Vaccination in Bombay 1902-1912 - 1902-1912
Year: 1902
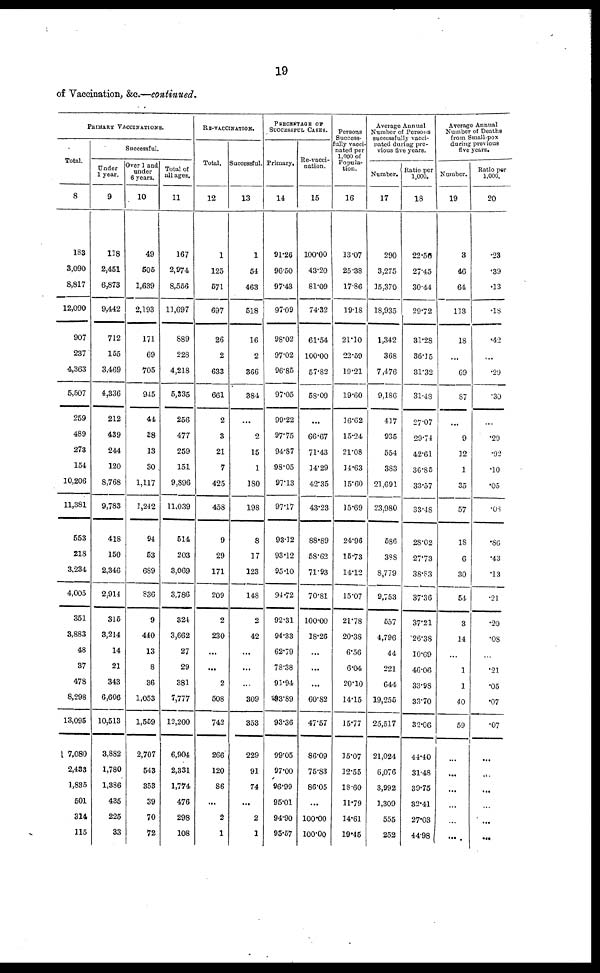
19
of Vaccination, &c.—continued.
PRIMARY VACCINATIONS.
Total.
8
183
3,090
8,817
12,090
907
237
4,363
5,507
259
489
273
154
10,206
11,381
553
218
3,234
4,005
351
3,883
48
37
478
8,298
13,095
7,080
2,433
1,835
501
314
115
Successful.
Under
1 year.
9
118
2,451
6,873
9,442
712
155
3,469
4,336
212
439
244
120
8,768
9,783
418
150
2,346
2,914
315
3,214
14
21
343
6,606
10,513
3,882
1,780
1,386
435
225
33
Over 1 and
under
6 years.
10
49
505
1,639
2,193
171
69
705
945
44
28
13
30
1,117
1,242
94
53
689
836
9
440
13
8
36
1,053
1,559
2,707
543
353
39
70
72
Total of
all ages.
11
167
2,974
8,556
11,697
889
228
4,218
5,335
256
477
259
151
9,896
11,039
514
203
3,069
3,786
324
3,662
27
29
381
7,777
12,200
6,904
2,331
1,774
476
298
108
RE-VACCINATION.
Total.
12
1
125
571
697
26
2
633
661
2
3
21
7
425
458
9
29
171
209
2
230
...
...
2
508
742
266
120
86
...
2
1
Successful.
13
1
54
463
518
16
2
366
384
...
2
15
1
180
198
8
17
123
148
2
42
...
...
...
309
353
229
91
74
...
2
1
PERCENTAGE OF
SUCCESSFUL CASES.
Primary.
14
91.26
96.50
97.43
97.09
98.02
97.02
96.85
97.05
99.22
97.75
94.87
98.05
97.13
97.17
93.12
93.12
95.10
94.72
92.31
94.33
62.79
78.38
91.94
93.89
93.36
99.05
97.00
96.99
95.01
94.90
95.57
Re-vacci-
nation.
15
100.00
43.20
81.09
74.32
61.54
100.00
57.82
58.09
...
66.67
71.43
14.29
42.35
43.23
88.89
58.62
71.93
70.81
100.00
18.26
...
...
...
60.82
47.57
86.09
75.83
86.05
...
100.00
100.00
Persons
Success¬
fully vacci-
nated per
1,000 of
Popula-
tion.
16
13.07
25.38
17.86
19.18
21.10
22.59
19.21
19.60
16.62
15.24
21.08
14.63
15.60
15.69
24.96
15.73
14.12
15.07
21.78
20.38
6.56
6.04
20.10
14.15
15.77
15.07
12.55
18.60
11.79
14.61
19.45
Average Annual
Number of Persons
successfully vacci-
nated during pre-
vious five years.
Number.
17
290
3,275
15,370
18,935
1,342
368
7,476
9,186
417
935
554
383
21,691
23,980
586
388
8,779
9,753
557
4,796
44
221
644
19,255
25,517
21,024
6,076
3,992
1,309
555
252
Ratio per
1,000.
18
22.56
27.45
30.44
29.72
31.28
36.15
31.32
31.48
27.07
29.74
42.61
36.85
33.57
33.48
28.02
27.73
38.83
37.36
37.21
26.38
10.69
46.06
33.98
33.70
32.06
44.40
31.48
39.75
32.41
27.03
44.98
Average Annual
Number of Deaths
from Small-pox
during previous
five years.
Number.
19
3
46
64
113
18
...
69
87
...
9
12
1
35
57
18
6
30
54
3
14
...
1
1
40
59
...
...
...
...
...
...
Ratio per
1,000.
20
.23
.39
.13
.18
.42
...
.29
.30
...
.29
.92
.10
.05
.08
.86
.43
.13
.21
.20
.08
...
.21
.05
.07
.07
...
...
...
...
...
...